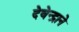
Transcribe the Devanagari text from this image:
देवेन्द्राने